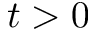
t > 0